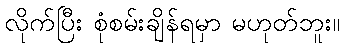
လိုက်ပြီး စုံစမ်းချိန်ရမှာ မဟုတ်ဘူး။